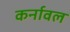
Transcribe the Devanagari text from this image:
कर्नावल